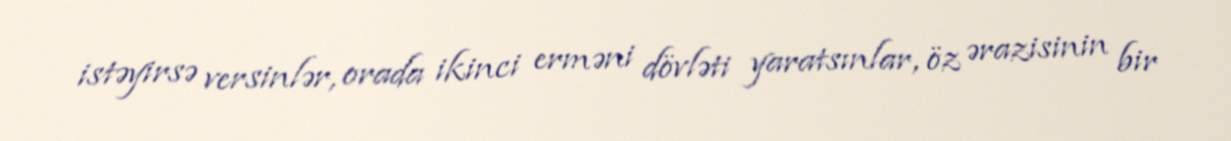
istəyirsə versinlər, orada ikinci erməni dövləti yaratsınlar, öz ərazisinin bir